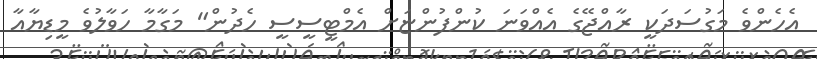
އެހެންވެ މަގުސަދަކީ ރާއްޖޭގެ އެއްވަނަ ކުންފުންޏަށް އެމްޓީސީސީ ހެދުން" މަގާމާ ހަވާލުވެ މީޑިޔާއާ